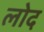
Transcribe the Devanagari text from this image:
लोद